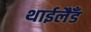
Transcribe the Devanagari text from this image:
थाईलैँड